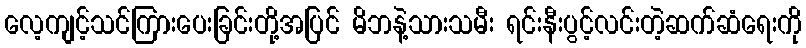
လေ့ကျင့်သင်ကြားပေးခြင်းတို့အပြင် မိဘနဲ့သားသမီး ရင်းနီးပွင့်လင်းတဲ့ဆက်ဆံရေးကို